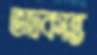
ভদ্রকান্ত